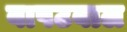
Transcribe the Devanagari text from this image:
बापटबाल